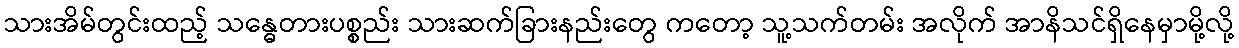
သားအိမ်တွင်းထည့် သန္ဓေတားပစ္စည်း သားဆက်ခြားနည်းတွေ ကတော့ သူ့သက်တမ်း အလိုက် အာနိသင်ရှိနေမှာမို့လို့